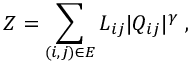
Z = \sum _ { ( i , j ) \in E } L _ { i j } | Q _ { i j } | ^ { \gamma } \; ,